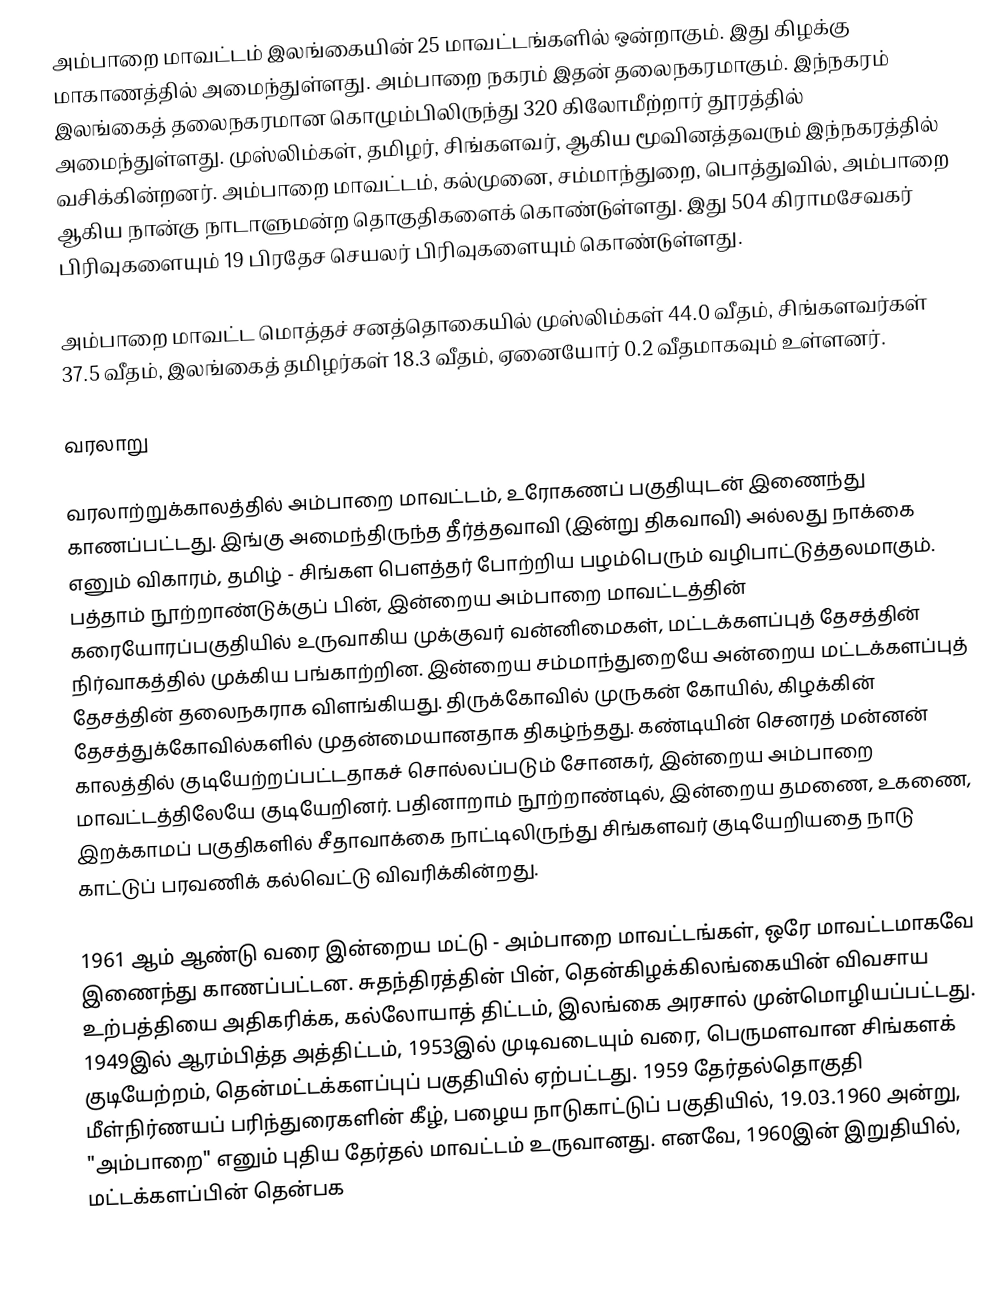
அம்பாறை மாவட்டம் இலங்கையின் 25 மாவட்டங்களில் ஒன்றாகும். இது கிழக்கு மாகாணத்தில் அமைந்துள்ளது. அம்பாறை நகரம் இதன் தலைநகரமாகும். இந்நகரம் இலங்கைத் தலைநகரமான கொழும்பிலிருந்து 320 கிலோமீற்றார் தூரத்தில் அமைந்துள்ளது. முஸ்லிம்கள், தமிழர், சிங்களவர், ஆகிய மூவினத்தவரும் இந்நகரத்தில் வசிக்கின்றனர். அம்பாறை மாவட்டம், கல்முனை, சம்மாந்துறை, பொத்துவில், அம்பாறை ஆகிய நான்கு நாடாளுமன்ற தொகுதிகளைக் கொண்டுள்ளது. இது 504 கிராமசேவகர் பிரிவுகளையும் 19 பிரதேச செயலர் பிரிவுகளையும் கொண்டுள்ளது.

அம்பாறை மாவட்ட மொத்தச் சனத்தொகையில் முஸ்லிம்கள் 44.0 வீதம், சிங்களவர்கள் 37.5 வீதம், இலங்கைத் தமிழர்கள் 18.3 வீதம், ஏனையோர் 0.2 வீதமாகவும் உள்ளனர்.

வரலாறு

வரலாற்றுக்காலத்தில் அம்பாறை மாவட்டம், உரோகணப் பகுதியுடன் இணைந்து காணப்பட்டது. இங்கு அமைந்திருந்த தீர்த்தவாவி (இன்று திகவாவி) அல்லது நாக்கை எனும் விகாரம், தமிழ் -  சிங்கள பௌத்தர் போற்றிய பழம்பெரும் வழிபாட்டுத்தலமாகும். பத்தாம் நூற்றாண்டுக்குப் பின், இன்றைய அம்பாறை மாவட்டத்தின் கரையோரப்பகுதியில் உருவாகிய முக்குவர் வன்னிமைகள், மட்டக்களப்புத் தேசத்தின் நிர்வாகத்தில் முக்கிய பங்காற்றின. இன்றைய சம்மாந்துறையே அன்றைய மட்டக்களப்புத் தேசத்தின் தலைநகராக விளங்கியது. திருக்கோவில் முருகன் கோயில், கிழக்கின் தேசத்துக்கோவில்களில் முதன்மையானதாக திகழ்ந்தது. கண்டியின் செனரத் மன்னன் காலத்தில்  குடியேற்றப்பட்டதாகச் சொல்லப்படும் சோனகர், இன்றைய அம்பாறை மாவட்டத்திலேயே குடியேறினர். பதினாறாம் நூற்றாண்டில், இன்றைய தமணை, உகணை, இறக்காமப் பகுதிகளில் சீதாவாக்கை நாட்டிலிருந்து சிங்களவர் குடியேறியதை நாடு காட்டுப் பரவணிக் கல்வெட்டு விவரிக்கின்றது.

1961 ஆம் ஆண்டு வரை இன்றைய மட்டு - அம்பாறை மாவட்டங்கள், ஒரே மாவட்டமாகவே இணைந்து காணப்பட்டன. சுதந்திரத்தின் பின், தென்கிழக்கிலங்கையின் விவசாய உற்பத்தியை அதிகரிக்க, கல்லோயாத் திட்டம், இலங்கை அரசால் முன்மொழியப்பட்டது. 1949இல் ஆரம்பித்த அத்திட்டம், 1953இல் முடிவடையும் வரை, பெருமளவான சிங்களக் குடியேற்றம், தென்மட்டக்களப்புப் பகுதியில் ஏற்பட்டது. 1959 தேர்தல்தொகுதி மீள்நிர்ணயப் பரிந்துரைகளின் கீழ்,  பழைய நாடுகாட்டுப் பகுதியில், 19.03.1960 அன்று, "அம்பாறை" எனும் புதிய தேர்தல் மாவட்டம் உருவானது. எனவே, 1960இன் இறுதியில், மட்டக்களப்பின் தென்பக